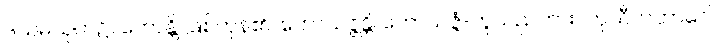
ဒသမသုတ်၌။ ဟောန္တိ၊ ဖြစ်ကုန်၏။ ကောသဇ္ဇန္တိ၊ ကောသဇ္ဇံ-ဟူသည်ကား။ ကုသီတဘာဝေါ၊